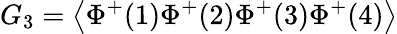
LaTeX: G_{3}=\left\langle\Phi^{+}(1)\Phi^{+}(2)\Phi^{+}(3)\Phi^{+}(4)\right\rangle